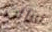
سالت